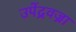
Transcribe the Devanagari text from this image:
उपेंद्रवज्रा